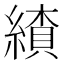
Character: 𦄗